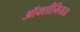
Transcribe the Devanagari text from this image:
ऑक्सीमियता